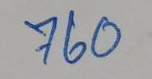
760